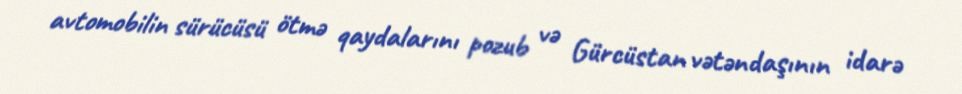
avtomobilin sürücüsü ötmə qaydalarını pozub və Gürcüstan vətəndaşının idarə